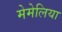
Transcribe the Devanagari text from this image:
मेमेलिया